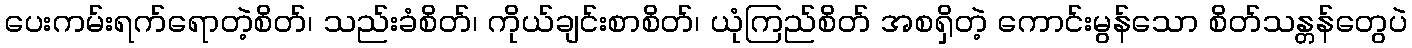
ပေးကမ်းရက်ရောတဲ့စိတ်၊ သည်းခံစိတ်၊ ကိုယ်ချင်းစာစိတ်၊ ယုံကြည်စိတ် အစရှိတဲ့ ကောင်းမွန်သော စိတ်သန္တန်တွေပဲ